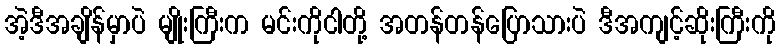
အဲ့ဒီအချိန်မှာပဲ မျိုးကြီးက မင်းကိုငါတို့ အတန်တန်ပြောသားပဲ ဒီအကျင့်ဆိုးကြီးကို